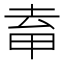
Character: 𭻈